Voru_kinnistusamet, lk 17
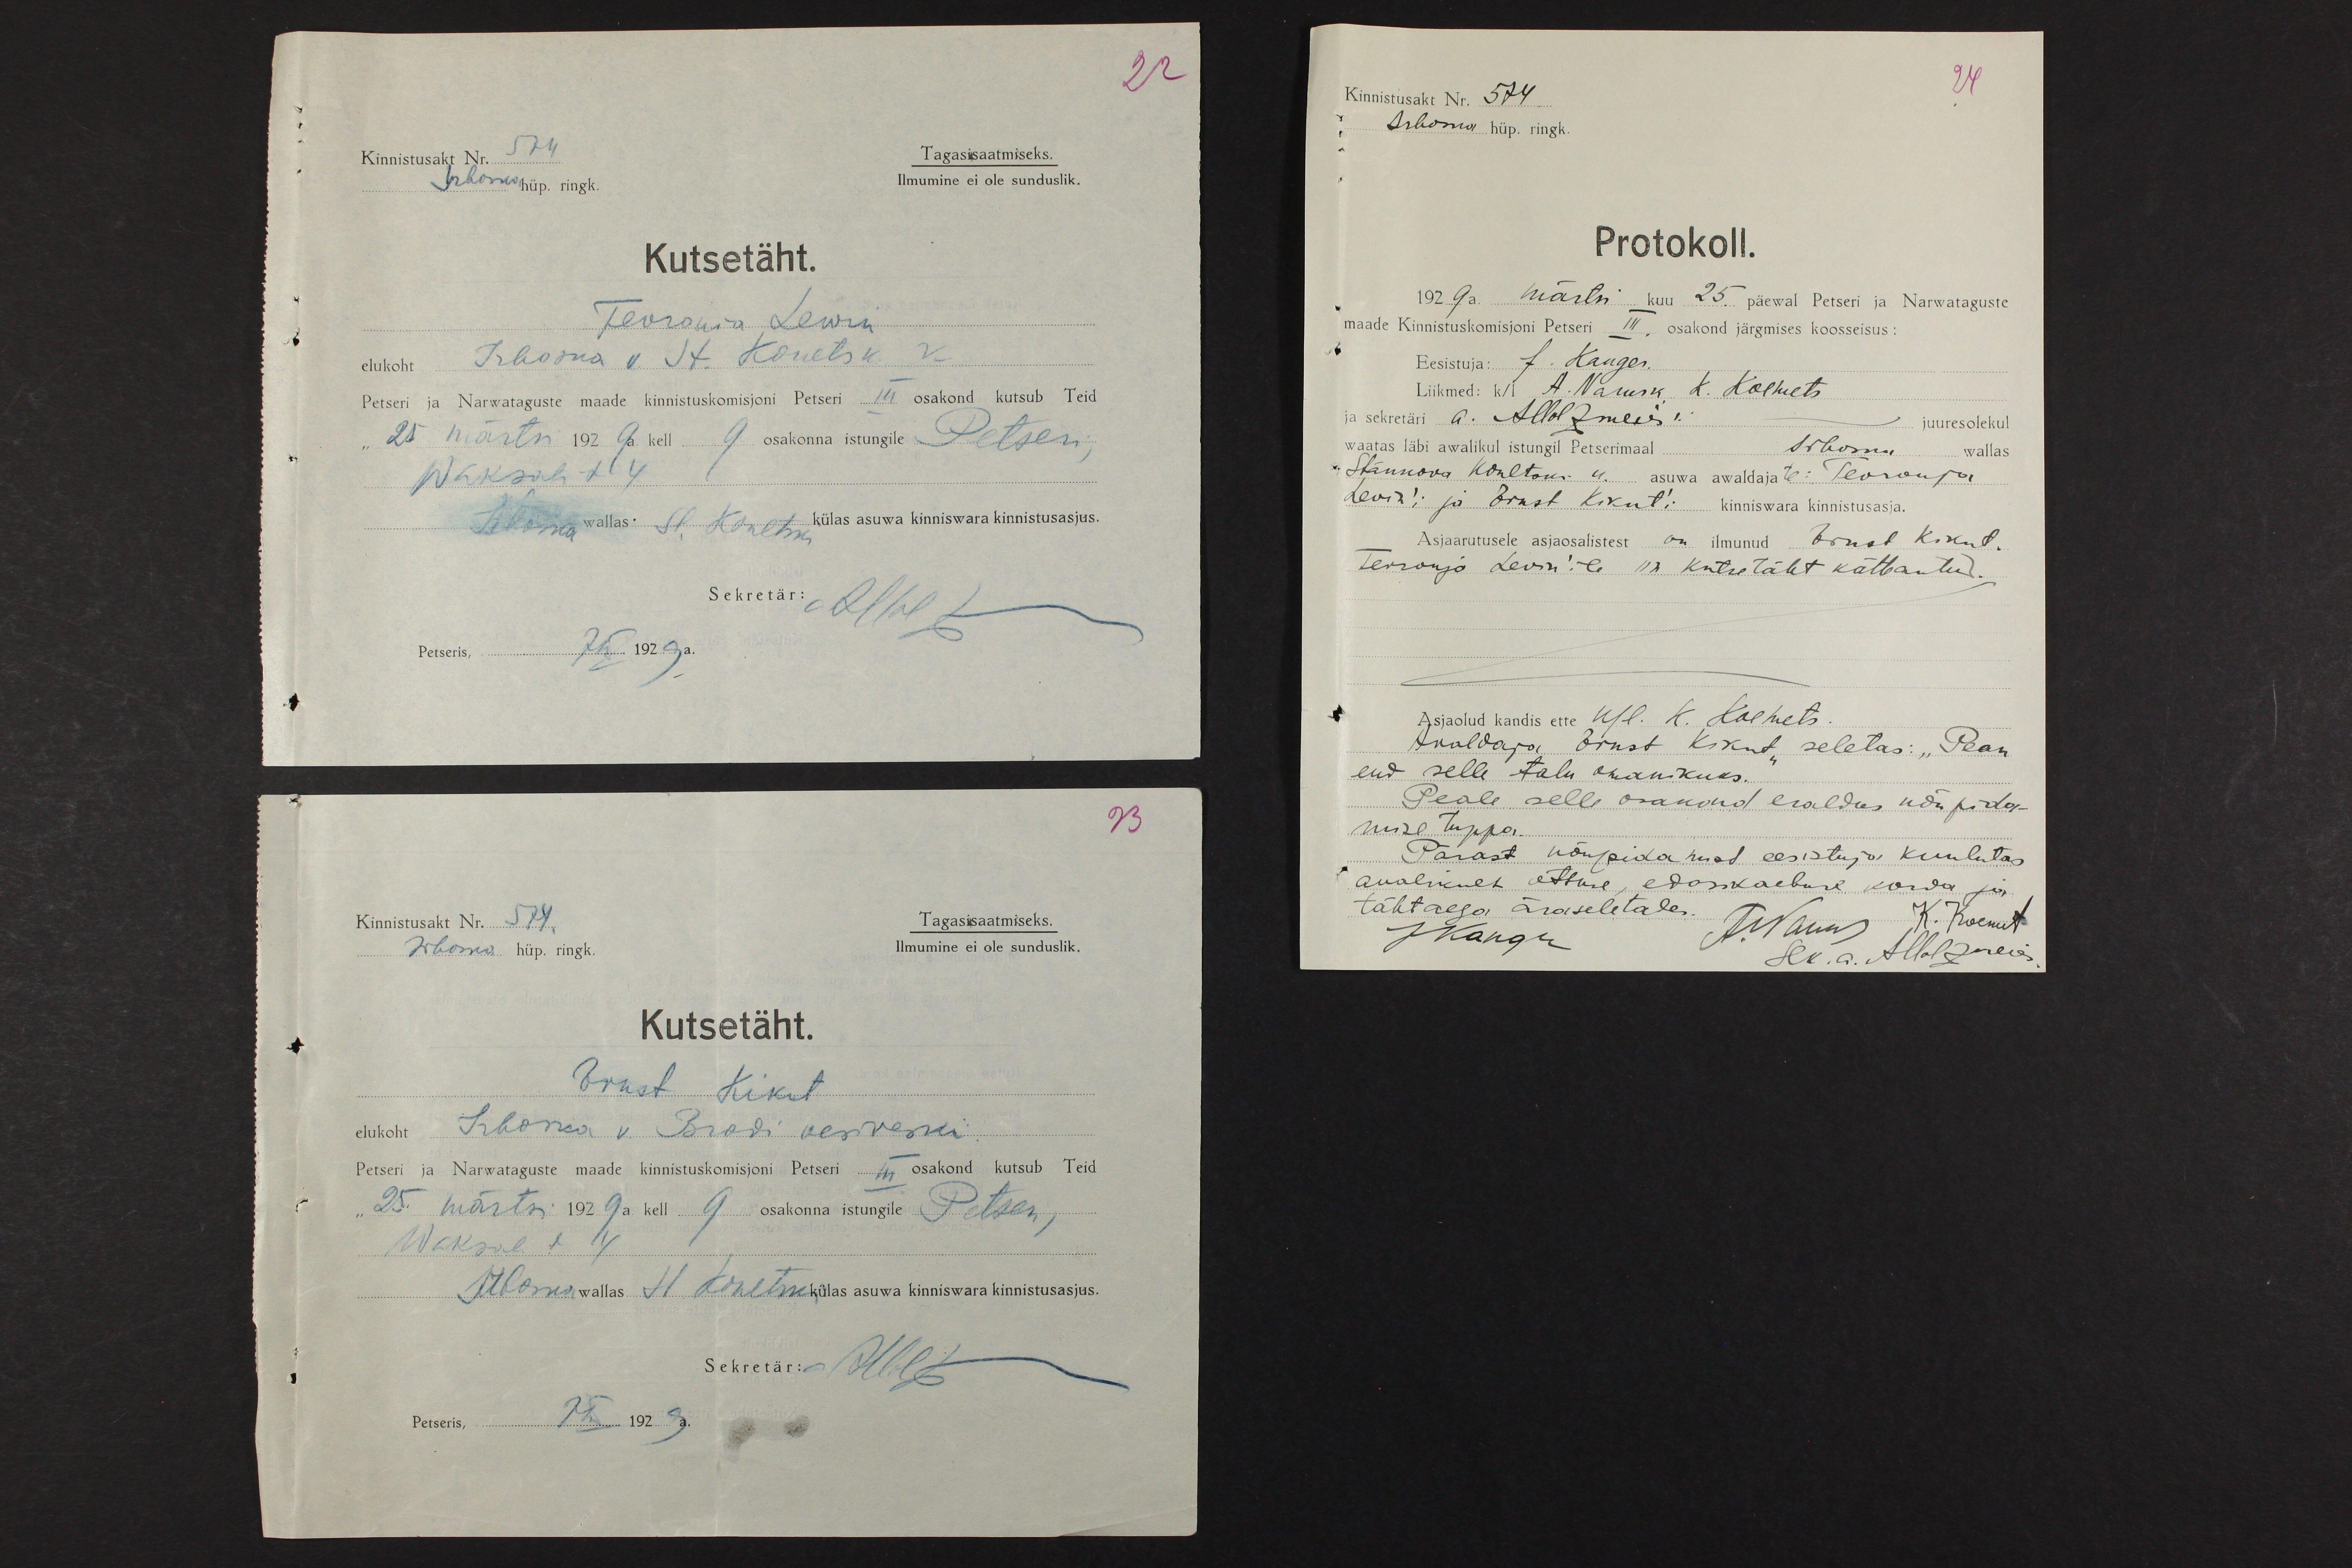
22
Kinnistusakt Nr. 574
Irboska hüp. ringk.
Tagasisaatmiseks.
Ilmumine ei ole sunduslik.
Kutsetäht.
Fevronia Lewin
elukoht Irboska v. St. Konetski k
Petseri ja Narwataguste maade kinnistuskomisjoni Petseri III osakond kutsub Teid
25 märtsi 1929 a. kell 9 osakonna istungile Petseri,
Waksali t 4
Irboska wallas St. Konetski külas asuwa kinniswara kinnistusasjus.
Sekretär:  AHolz
Petseris, 7 III 1929 a.
23
Kinnistusakt Nr. 574.
Irboska hüp. ringk.
Tagasisaatmiseks.
Ilmumine ei ole sunduslik.
Kutsetäht.
Ernst Kikut
elukoht Irboska v Brodi vesiveski.
Petseri ja Narwataguste maade kinnistuskomisjoni Petseri III osakond kutsub Teid
"25" märtsi 1929 a. kell 9 osakonna istungile Petseri,
Waksali t 4
Irboska wallas St. Konetski külas asuwa kinniswara kinnistusasjus.
Sekretär: AHoltz
Petseris, 7 III 1929a.

24
Kinnistusakt Nr. 574
Irboska hüp. ringk.
Protokoll.
1929 a. märtsi kuu 25. päewal Petseri ja Narwataguste
maade Kinnistuskomisjoni Petseri III. osakond järgmises koosseisus:
Eesistuja: J. Kanger
Liikmed: k/l A. Narusk, K. Koemets
ja sekretäri a. AHolzmeier´i juuresolekul
waatas läbi awalikul istungil Petserimaal Irboska wallas
Stankova Konetski k. asuwa awaldajate: Fevronja
Levin´i ja Ernst Kikuti kinniswara kinnistusasja.
Asjaarutusele asjaosalistest on ilmunud Ernst Kikut.
Fevronja Levin'ile on kutsetäht kätteantud.
Asjaolud kandis ette k/l. K. Koemets.
Avaldaja Ernst Kikut seletas: "Pean
end selle talu omanikuks."
Peale selle osakond eraldus nõupida-
mise tuppa.
Pärast nõupidamist eesistuja kuulutas
avalikult otsuse, edasikaebuse korda ja
tähtaega äraseletades.
JKanger
A.Narusk K. Koemets
sek. a. AHolzmeier.